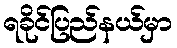
ရခိုင်ပြည်နယ်မှာ